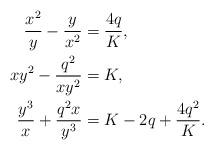
LaTeX: \begin{align*}\dfrac{x^{2}}{y}-\dfrac{y}{x^{2}} &=\dfrac{4q}{K},\\xy^{2}-\dfrac{q^{2}}{xy^{2}} &=K,\\\dfrac{y^{3}}{x}+\dfrac{q^{2}x}{y^{3}} &=K-2q+\dfrac{4q^{2}}{K}.\end{align*}